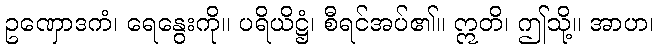
ဥဏှောဒကံ၊ ရေနွေးကို။ ပရိယိဋ္ဌံ၊ စီရင်အပ်၏။ ဣတိ၊ ဤသို့။ အာဟ၊